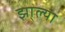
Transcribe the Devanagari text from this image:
झा्ल्या